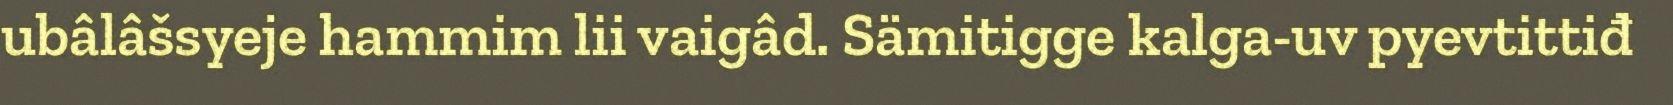
ubâlâšsyeje hammim lii vaigâd. Sämitigge kalga-uv pyevtittiđ